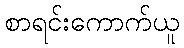
စာရင်းကောက်ယူ